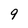
Character: 9